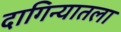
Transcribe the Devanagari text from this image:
दागिन्यातला